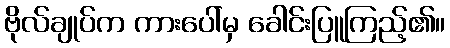
ဗိုလ်ချုပ်က ကားပေါ်မှ ခေါင်းပြူကြည့်၏။